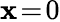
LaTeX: \mathbf{x}\! =\! 0